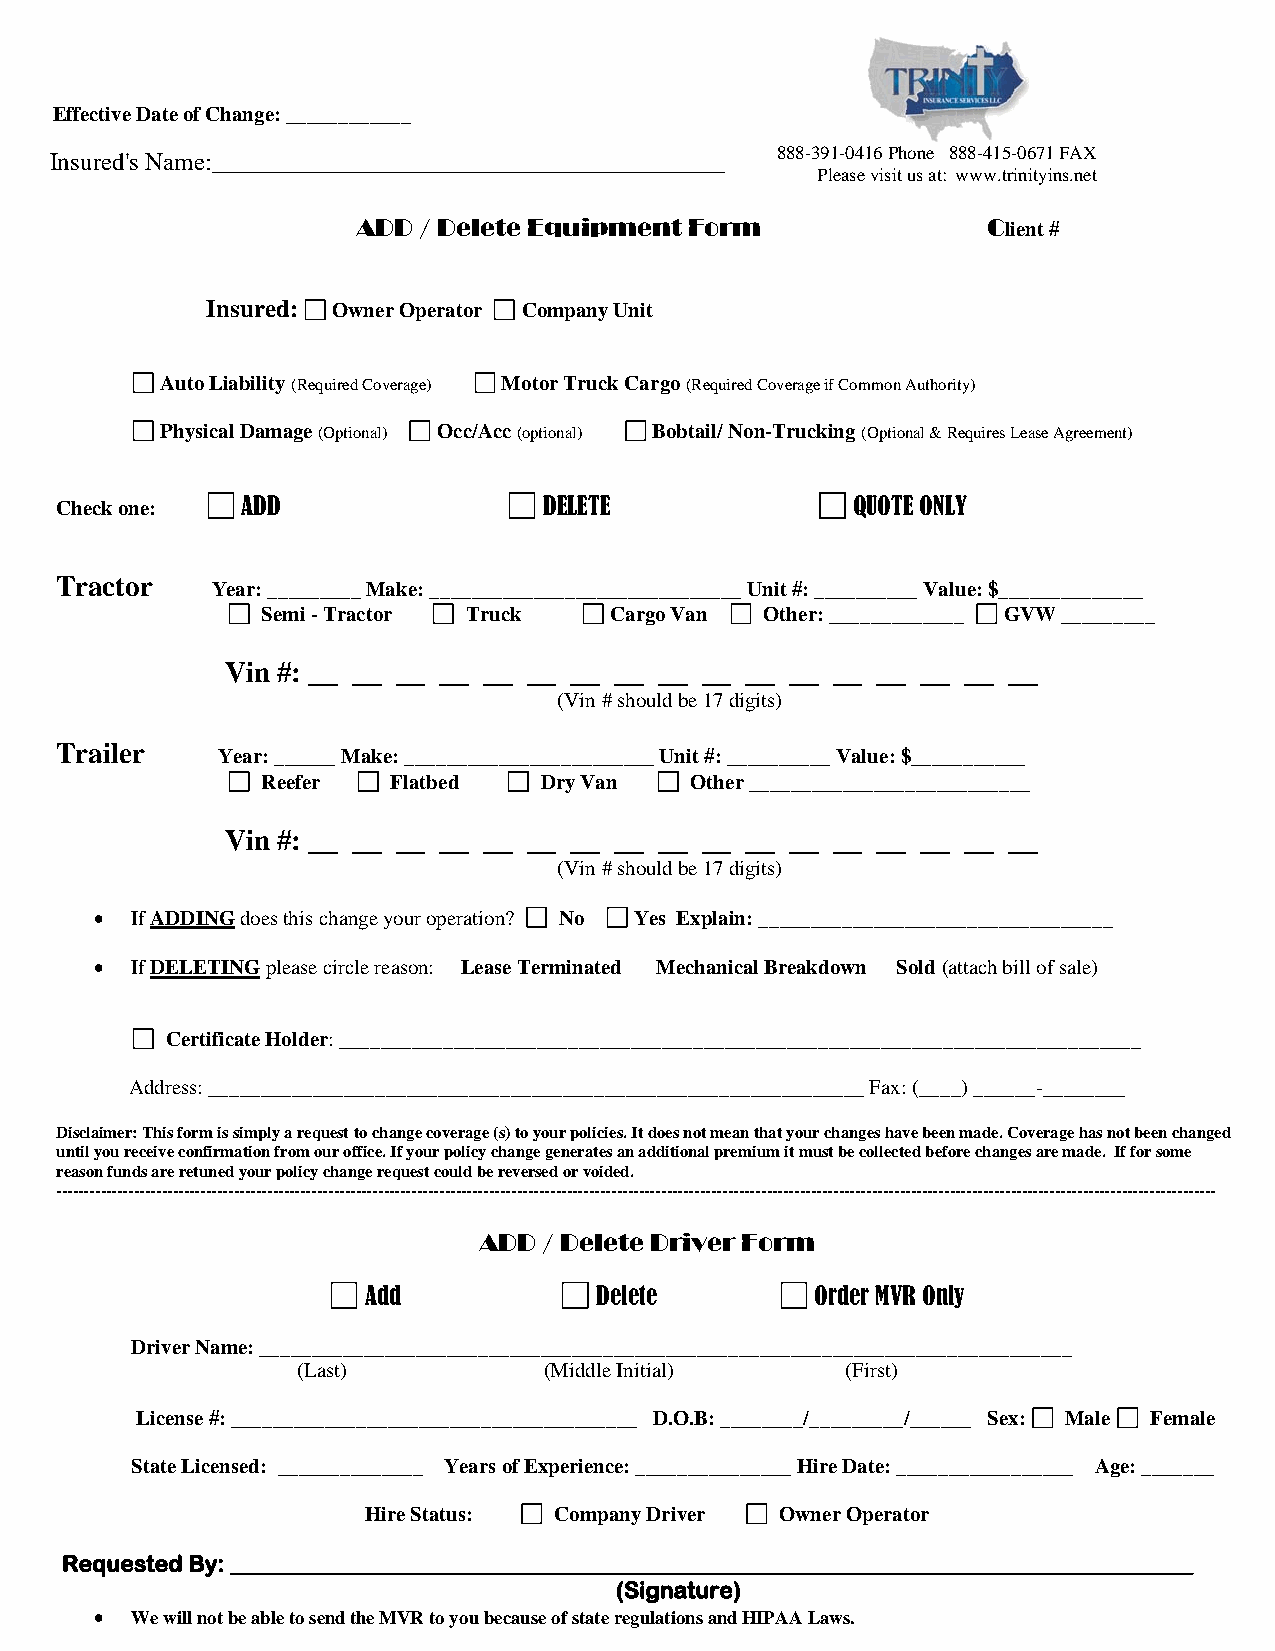
Effective Date of Change: ____________
 888-391-0416 Phone 888-415-0671 FAX
 Please visit us at: www.trinityins.net
 ADD / Delete Equipment Form              Client #
 Insured: Owner Operator Company Unit
 Auto Liability (Required Coverage) Motor Truck Cargo (Required Coverage if Common Authority)
 Physical Damage (Optional) Occ/Acc (optional) Bobtail/ Non-Trucking (Optional & Requires Lease Agreement)
 Check one:  ADD                 DELETE               QUOTE ONLY
 Tractor
 Year: _________ Make: ______________________________ Unit #: __________ Value: $______________
 Semi - Tractor Truck   Cargo Van  Other: _____________ GVW _________
 Vin #: __ __ __ __ __ __ __ __ __ __ __ __ __ __ __ __ __
 (Vin # should be 17 digits)
 Trailer
 Year: ______ Make: ________________________ Unit #: __________ Value: $___________
 Reefer   Flatbed   Dry Van   Other ___________________________
 Vin #: __ __ __ __ __ __ __ __ __ __ __ __ __ __ __ __ __
 (Vin # should be 17 digits)
   If ADDING does this change your operation? No Yes Explain: __________________________________
   If DELETING please circle reason: Lease Terminated Mechanical Breakdown Sold (attach bill of sale)
 Certificate Holder: _____________________________________________________________________________
 Address: _______________________________________________________________ Fax: (____) ______-________
 Disclaimer: This form is simply a request to change coverage (s) to your policies. It does not mean that your changes have been made. Coverage has not been changed
 until you receive confirmation from our office. If your policy change generates an additional premium it must be collected before changes are made. If for some
 reason funds are retuned your policy change request could be reversed or voided.
 -----------------------------------------------------------------------------------------------------------------------------------------------------------------------------------------------------------------
 ADD / Delete Driver Form
 Add            Delete         Order MVR Only
 Driver Name: ______________________________________________________________________________
 (Last)          (Middle Initial)    (First)
 License #: _______________________________________ D.O.B: ________/_________/______ Sex: Male Female
 State Licensed: ______________ Years of Experience: _______________ Hire Date: _________________ Age: _______
 Hire Status: Company Driver Owner Operator
 Requested By: ____________________________________________________________________________________
 (Signature)
   We will not be able to send the MVR to you because of state regulations and HIPAA Laws.